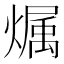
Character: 𪹳